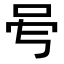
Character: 𠰇